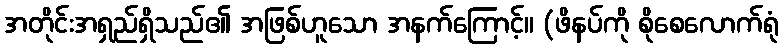
အတိုင်းအရှည်ရှိသည်၏ အဖြစ်ဟူသော အနက်ကြောင့်။ (ဖိနပ်ကို စိုစေလောက်ရုံ